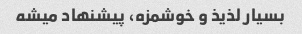
بسیار لذیذ و خوشمزه، پیشنهاد میشه